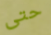
حتى